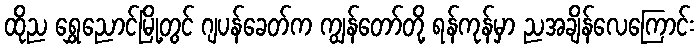
ထိုည ရွှေညောင်မြို့တွင် ဂျပန်ခေတ်က ကျွန်တော်တို့ ရန်ကုန်မှာ ညအချိန်လေကြောင်း